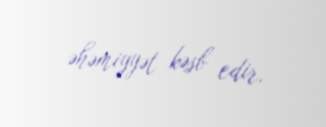
əhəmiyyət kəsb edir.